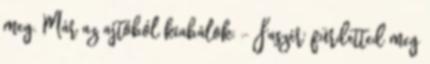
meg. Már az ajtóból kiabálok: - Faszér' fürdetted meg